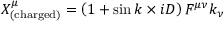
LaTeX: X _ { \mathrm { ( c h a r g e d ) } } ^ { \mu } = \left( 1 + \sin { k \times i D } \right) F ^ { \mu \nu } k _ { \nu }